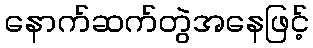
နောက်ဆက်တွဲအနေဖြင့်